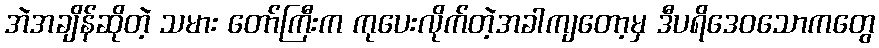
အဲအချိန်ဆိုတဲ့ သမား တော်ကြီးက ကုပေးလိုက်တဲ့အခါကျတော့မှ ဒီပရိဒေဝသောကတွေ